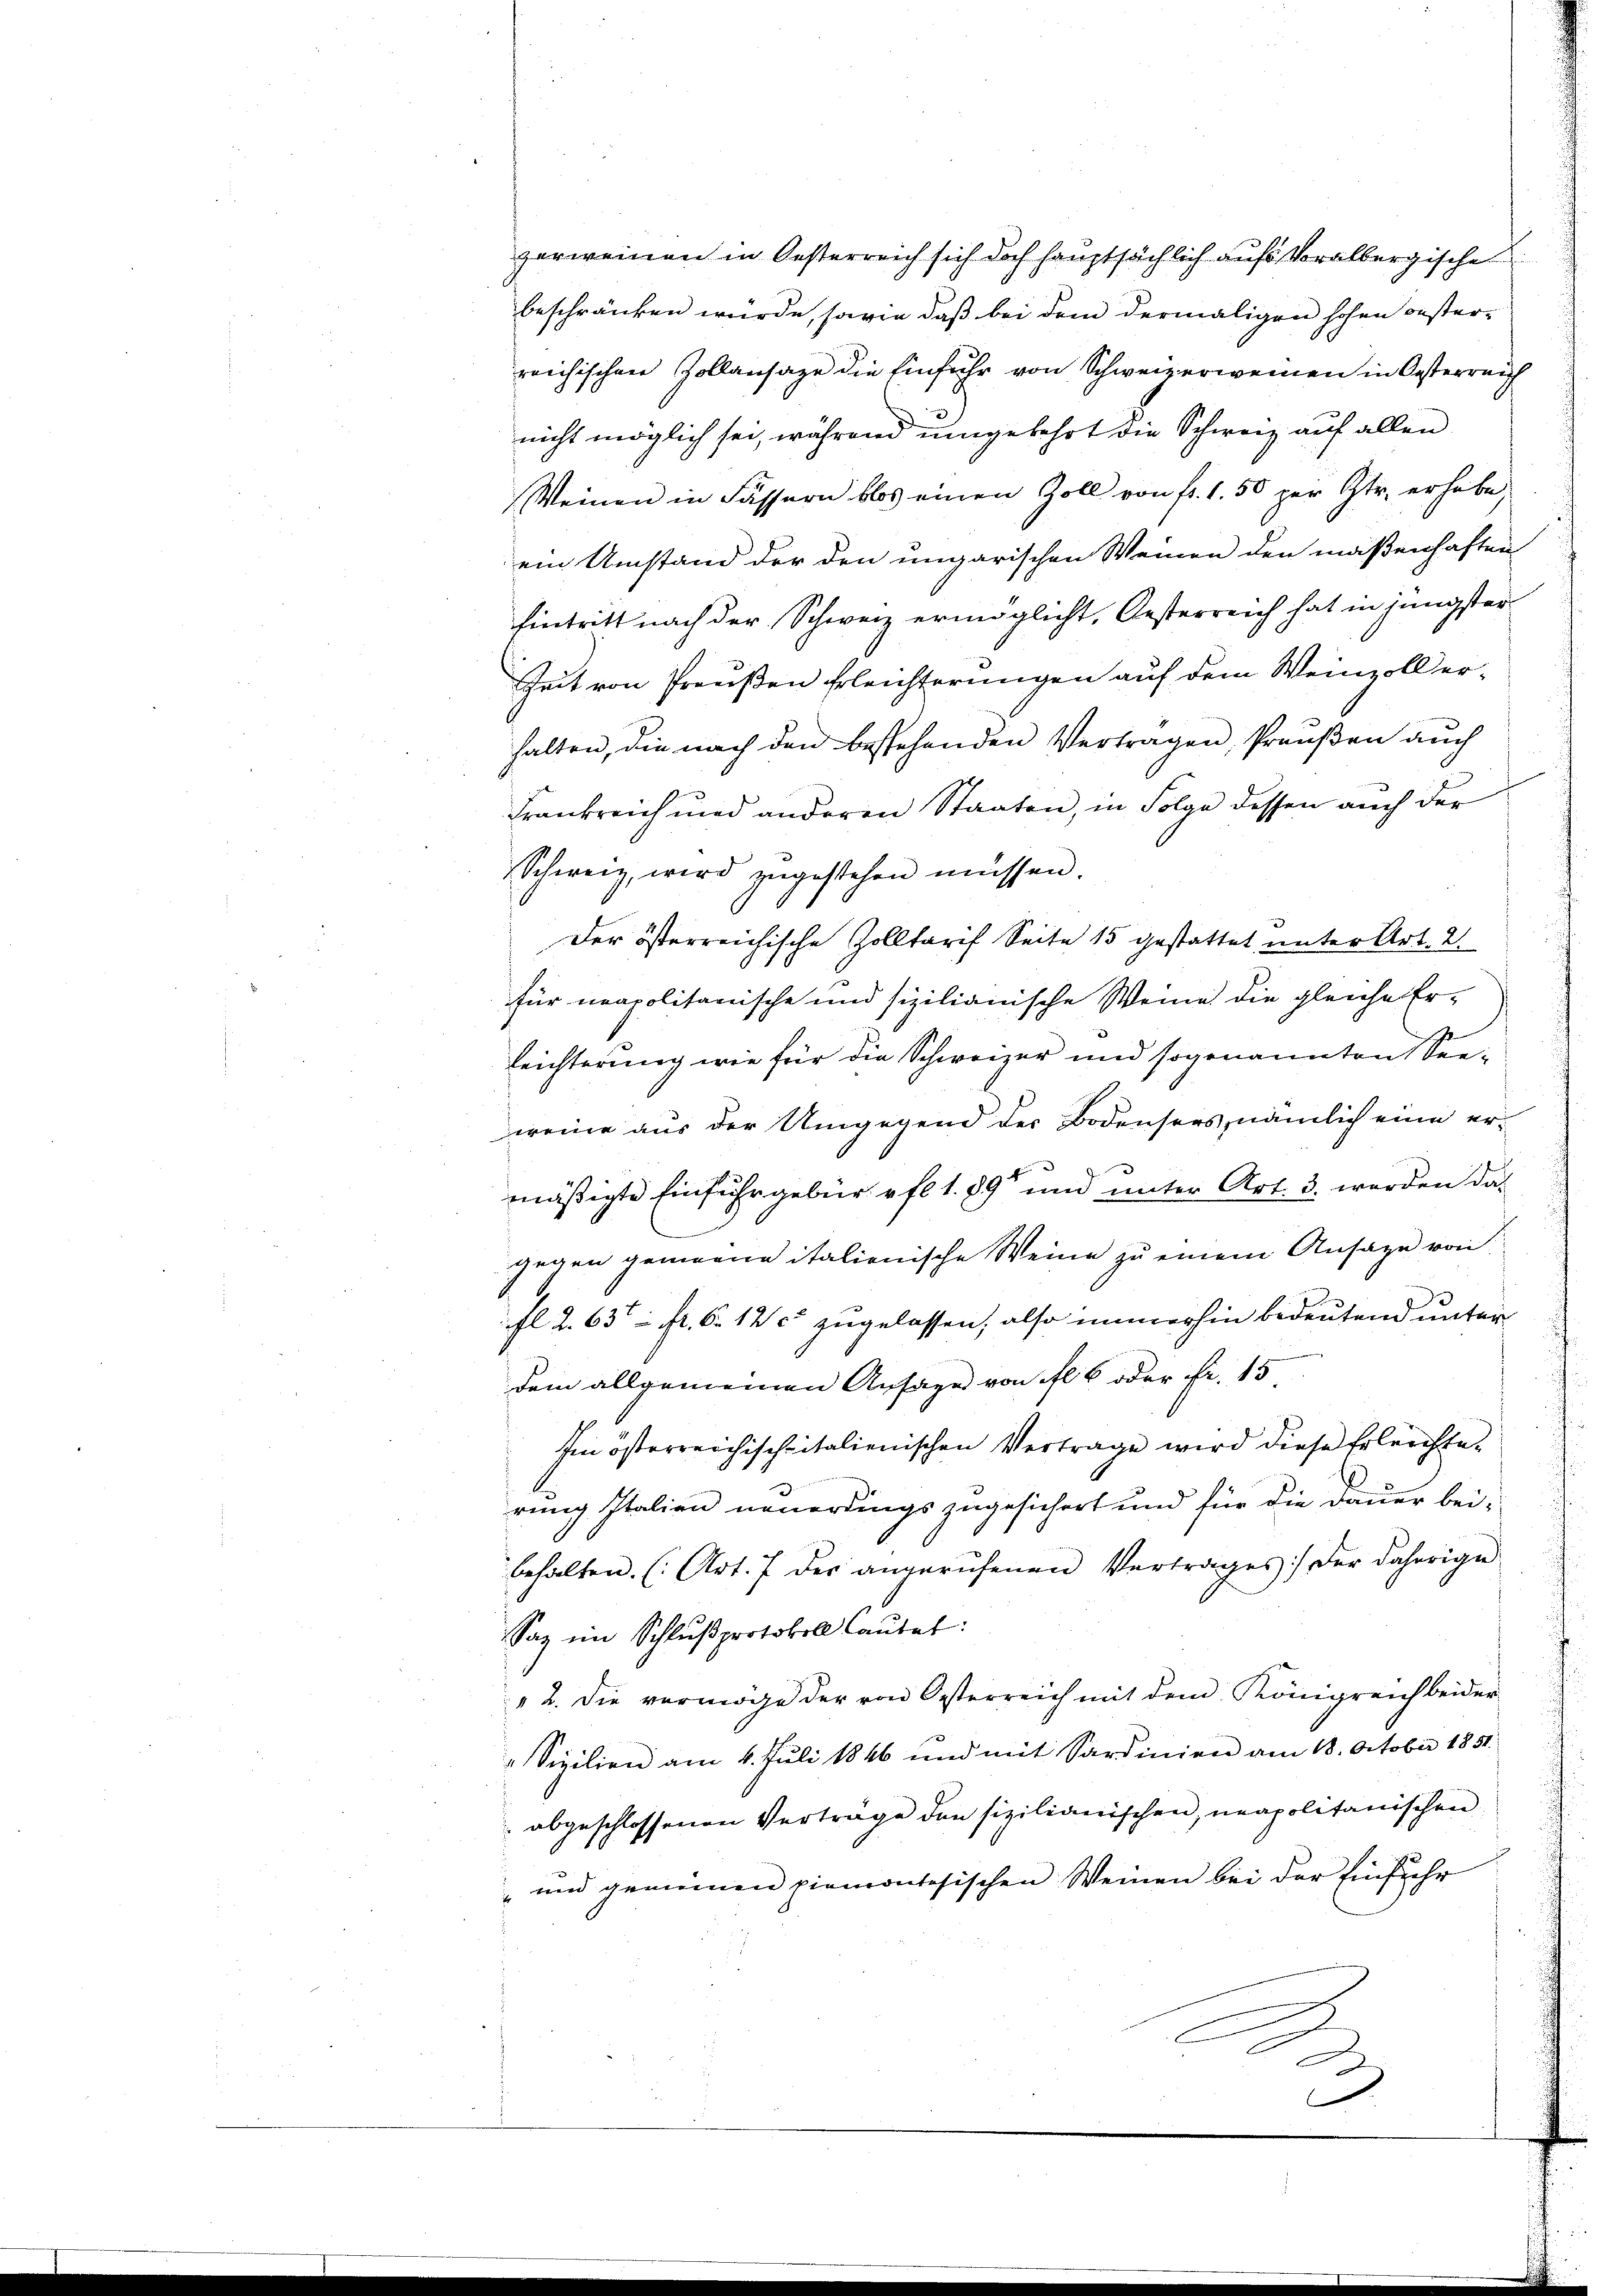
zerweinen in Oesterreich sich doch hauptsächlich aufs Voralbergische
beschränken wurde, sowie daß bei dem dermaligen hohen oester-
reichischen Zollansage die Einfuhr von Schweizerweinen in Oesterreich
nicht möglich sei, während umgekehrt die Schweiz auf allen
Weinen in Fässern blos einen Zoll von fr. 1. 50 per Str. erhabe,
ein Umstand der den ungarischen Weinen den maßenhaften
Eintritt nach der Schweiz ermöglicht, Oesterreich hat in jüngster
Zeit von Preußen Erleichterungen auf dem Weinzoll erhalten, die nach den bestehenden Vertragen, Preŭβen auch
Frankreich und anderen Staaten, in Folge dessen auch der
Schweiz, wird zŭgestehen müssen.
Der österreichische Zolltarif Seite 15 gestattet unter Art. 2.
für neapolitanische und sizilianische Weine die gleiche Er-
leichterung wie für die Schweizer und sogenannten Seeweine aus der Umgegend der Bodensers, nämlich eine er-
mäßigte Einfuhr gebür fl. 1. 89 und unter Art. 3. werden das
gegen gemeine italienische Weine zu einem Ansage von
fl 2. 635 Fr. 6. 1200 zugelassen, also immerhin bedeutend unter
dem allgemeinen Ansage von fl. 6 oder Fr. 15
Im österreichischpitalienischen Vertrage wird diese Erleichterung Italien neuerdings zugesichert und für die Dauer bei-
behalten. (Art. 7 der angerufenen Vertrages der daherige
Saz im Schlußprotokoll laŭtet:
" 2. die vermöge der von Oesterreich mit dem Königreich beider
" Sizilien am 4. Juli 1846 und mit Sardinien am 18. October 1851.
 abgeschlossenen Vertrage den sizilianischen, neapolitanischen
" und gemeinen piemontesischen Weinen bei der Einführ
A
.